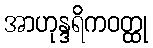
အာဟုန္ဒရိကဝတ္ထု